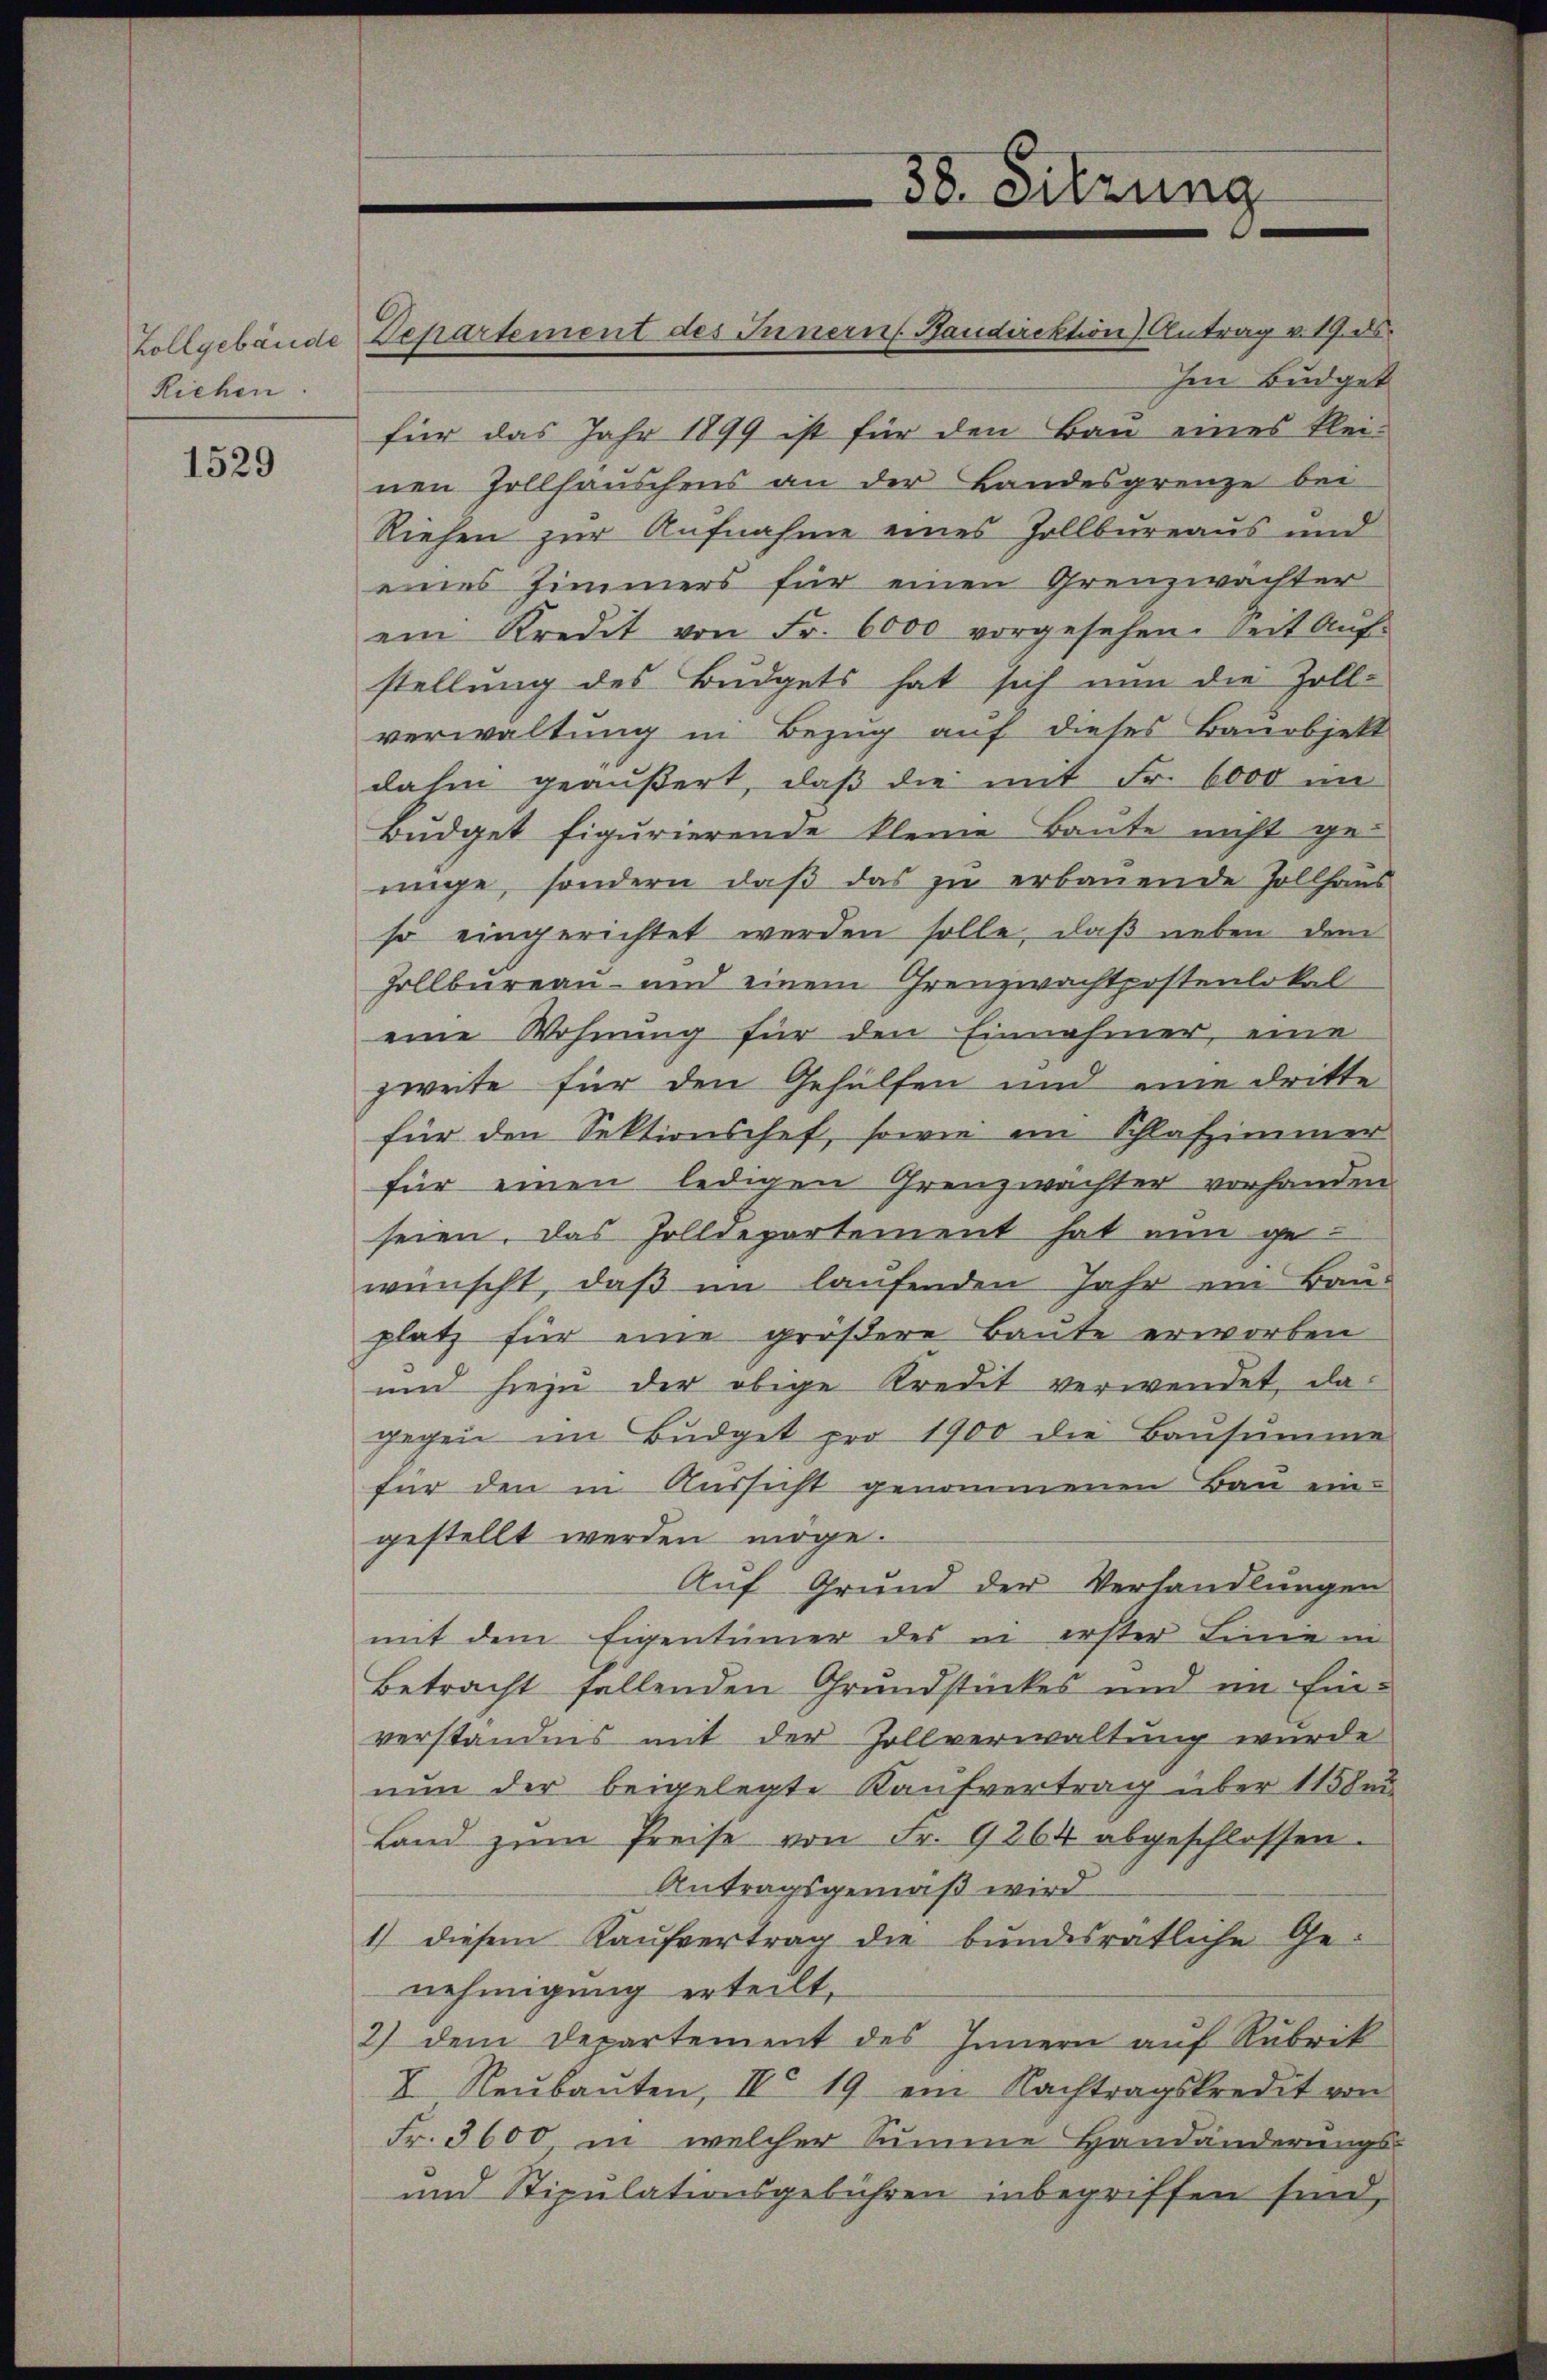
Zollgebäude
Riehen.

1529

für das Jahr 1899 ist für den Bau eines klei-
nen Zollhauschens an der Bandesgrenze bei
Riehen zur Aufnahme eines Zollbureaus und
eines Zimmers für einen Grenzwächter
ein Kredit von Fr. 6000 vorgesehen. Seit Auf-
stellung des Budgets hat sich nun die Zoll-
verwaltung in Bezug auf dieses Banobjekt
dahin geäußert, daß die mit Fr. 6000 im
Budget figurierende kleine Baute nicht genige, sondern daß das zu erbauende Zollhaus
so eingerichtet werden solle, daß neben dem
Zollbureau- und einem Grenzwachtpostenlokal
eine Wohnung für den Einnahmer, eine
zweite für den Gehülfen und eine dritte
für den Sektionschef, sowie im Schlafzimmer
für einen ledigen Grenzwächter vorhanden
seien. Das Zolldepartement hat nun gewünscht, daß im laufenden Jahr ein Bau-
platz für eine größere Baute erworben
und hiezu der obige Kredit verwendet, dagegen im Büdget pro 1900 die Bausumme
für den in Aussicht genommenen Bau eingestellt werden möge.
Auf Grund der Verhandlungen
mit dem Eigentümer des in erster Linie in
Betracht fällenden Grundstückes und im Einverständnis mit der Zollverwaltung wurde
nun der beigelegte Kaufvertrag über 115 un
Land zŭm Preise von Fr. 9864 abgeschlossen.
Antragsgemäß wird
1) diesem Kaŭfvertrag die bundesrätliche Ge-
nehmigung erteilt,
2) dem Departement des Innern auf Rubrik
I Neŭbaŭten, IV 19 ein Nachtragskredit von
Fr. 3600 in welcher Summe Handänderungs-
und Stipulationsgebühren inbegriffen sind,

Departement des Innern Baudirektion) Antrag v. 19. ds.

38. Sitzung

Im Budget